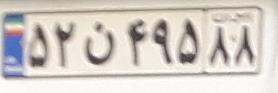
۵۲ن۴۹۵۸۸